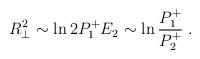
LaTeX: \begin{align*}R_\perp^2 \sim \ln 2P^+_1E_2 \sim \ln{P^+_1\over P^+_2} \; .\end{align*}